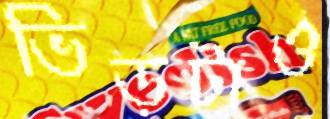
ভিড়টাও